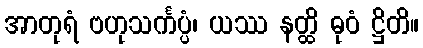
အာတုရံ ဗဟုသင်္ကပ္ပံ၊ ယဿ နတ္ထိ ဓုဝံ ဋ္ဌိတိ။